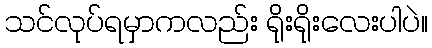
သင်လုပ်ရမှာကလည်း ရိုးရိုးလေးပါပဲ။